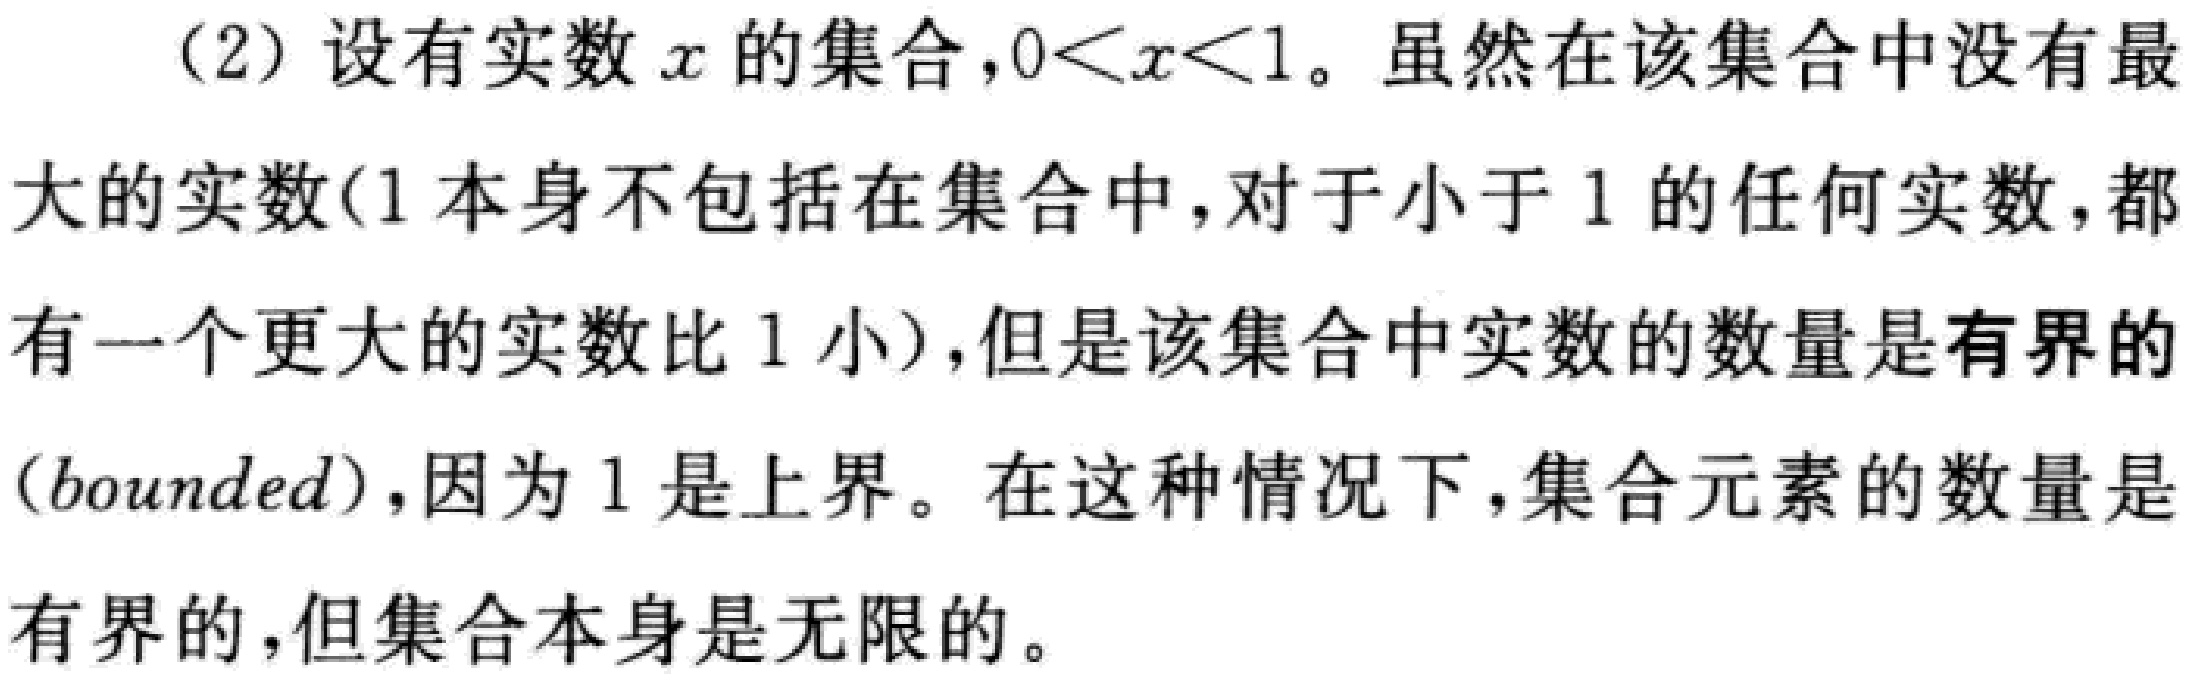
(2) 设有实数 \(x\) 的集合，\(0 < x < 1\)。虽然在该集合中没有最大的实数(1本身不包括在集合中，对于小于1的任何实数，都有一个更大的实数比1小)，但是该集合中实数的数量是有界的(bounded)，因为1是上界。在这种情况下，集合元素的数量是有界的，但集合本身是无限的。